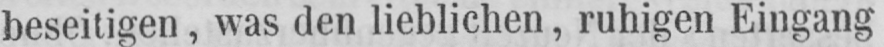
beseitigen, was den lieblichen, ruhigen Eingang